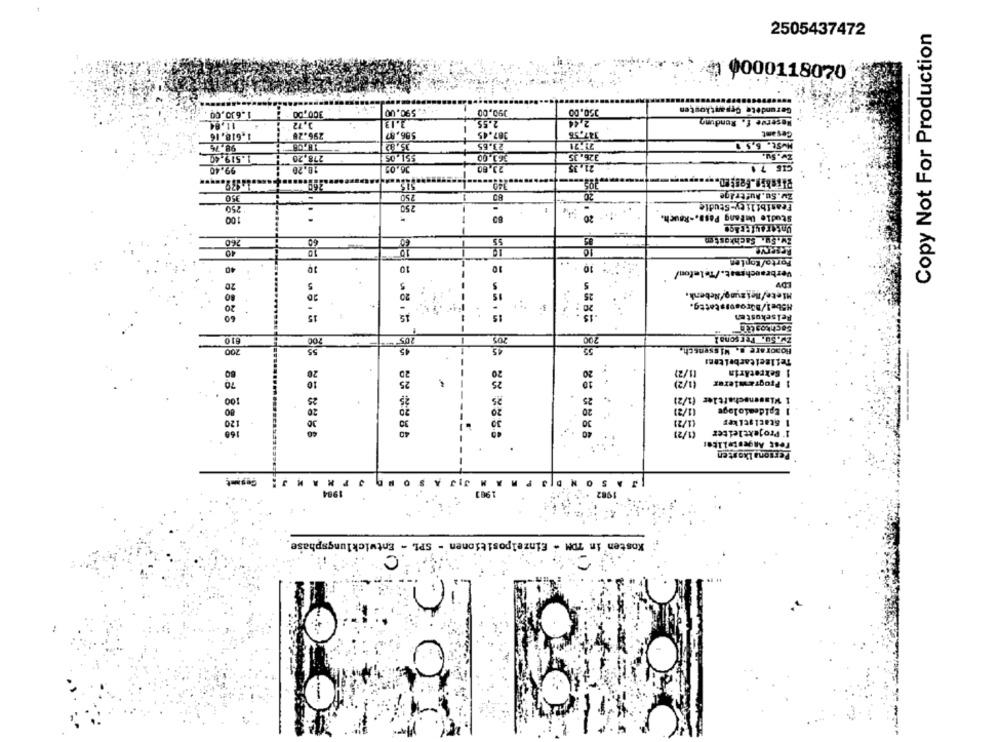
Copy Not For Production
2505437472
9000118070
1.630,00
300,00
590.00
190,00
350.00
Gerundete Gesamtkosten
2,44
Reserve f. Rundung
11,84
3,12
2.55
1.618.16
296.28
596.87
387.45
147,56
Gesamt
-
98,76
23.65
MvSt. 6,5 0
1.519.40
278,20
551.05
33.00
26.35
Zv.Su.
99.40
78.20
23,60
21,35
CIS 7 1
20
Zw.Su.Aufträge
350
250
80
250
Feasibility-Studie
Studie UnFang Pass .- Rauch.
00
Unter 44 Frage
55
Bv.Sw. Sachkosten
260
40
10
Reserve
Forte/Kopien
40
10
10
10
10
Verbrauchesat./Telefon/
20
5
80
20
20 :
M5bel/Bürosuistettg.
20
60
15
-
15
Pelsekusten
Sechkosten
610
700
zw.Su. Personal
200
45
Hoporare s. Wissensch
20
20
20
11/2)
1 SekretArin
80
(1/2)
70
10
25
10
1 Programierer
.. .
100
25
€1/21
1 Wissenschaftler (1/2)
80
20
20
1/21
1 Epidemiologe
30
30
1 Stacistiker
40
40
(1/2)
1' Projektleiter
Personalkosten
M JIJ A SONDJPMAN J: Gesamt
A M
P
1984
1903
1982
Kosten in TOM - Einzelpositionen - SPL - Entwicklungsphase